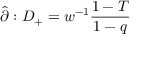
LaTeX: \hat { \partial } : D _ { + } = w ^ { - 1 } \frac { 1 - T } { 1 - q }